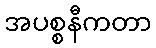
အပစ္စနီကတာ